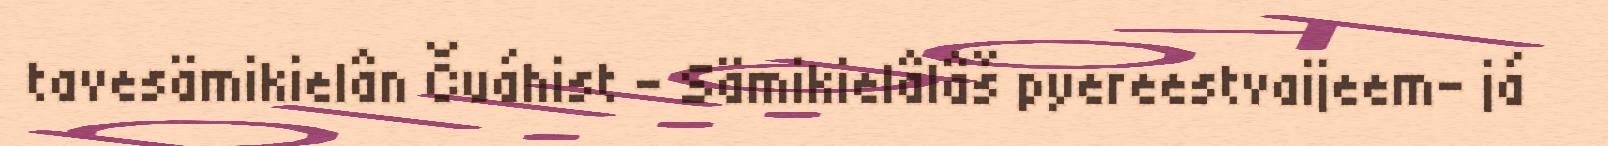
tavesämikielân Čuáhist – Sämikielâlâš pyereestvaijeem- já